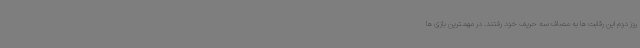
روز دوم این رقابت ها به مصاف سه حریف خود رفتند. در مهمترین بازی ها